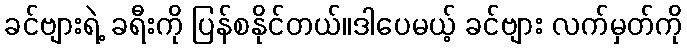
ခင်ဗျားရဲ့ ခရီးကို ပြန်စနိုင်တယ်။ဒါပေမယ့် ခင်ဗျား လက်မှတ်ကို